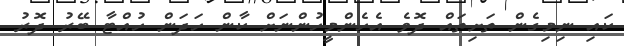
ކައި ނިމިގެން ތަށިތައް ދޮވެ އެހެންމީހުންނަށް ކާން ހަދަން ހުއްޓާ ބޭރު ދޮރު